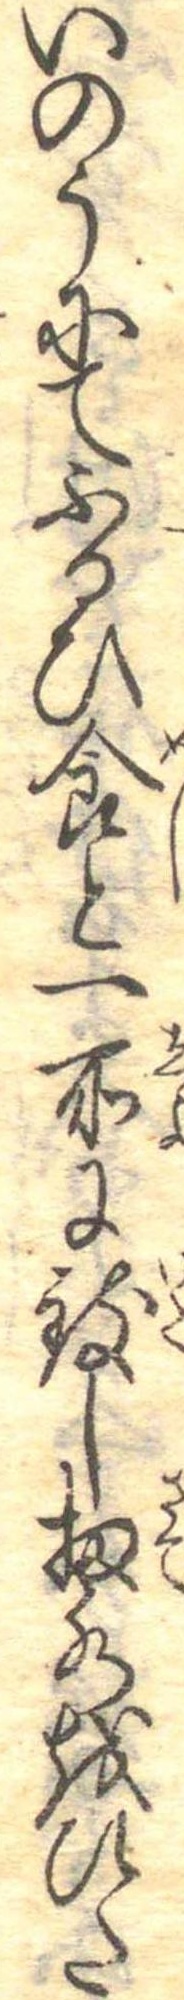
いのうにてふるひ食と一所に致し扨水をひた